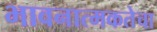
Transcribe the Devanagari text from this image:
भावनात्मकतेचा